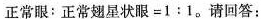
正常眼：正常翅星状眼=1:1。请回答：